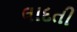
લાદતી